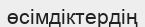
өсімдіктердің